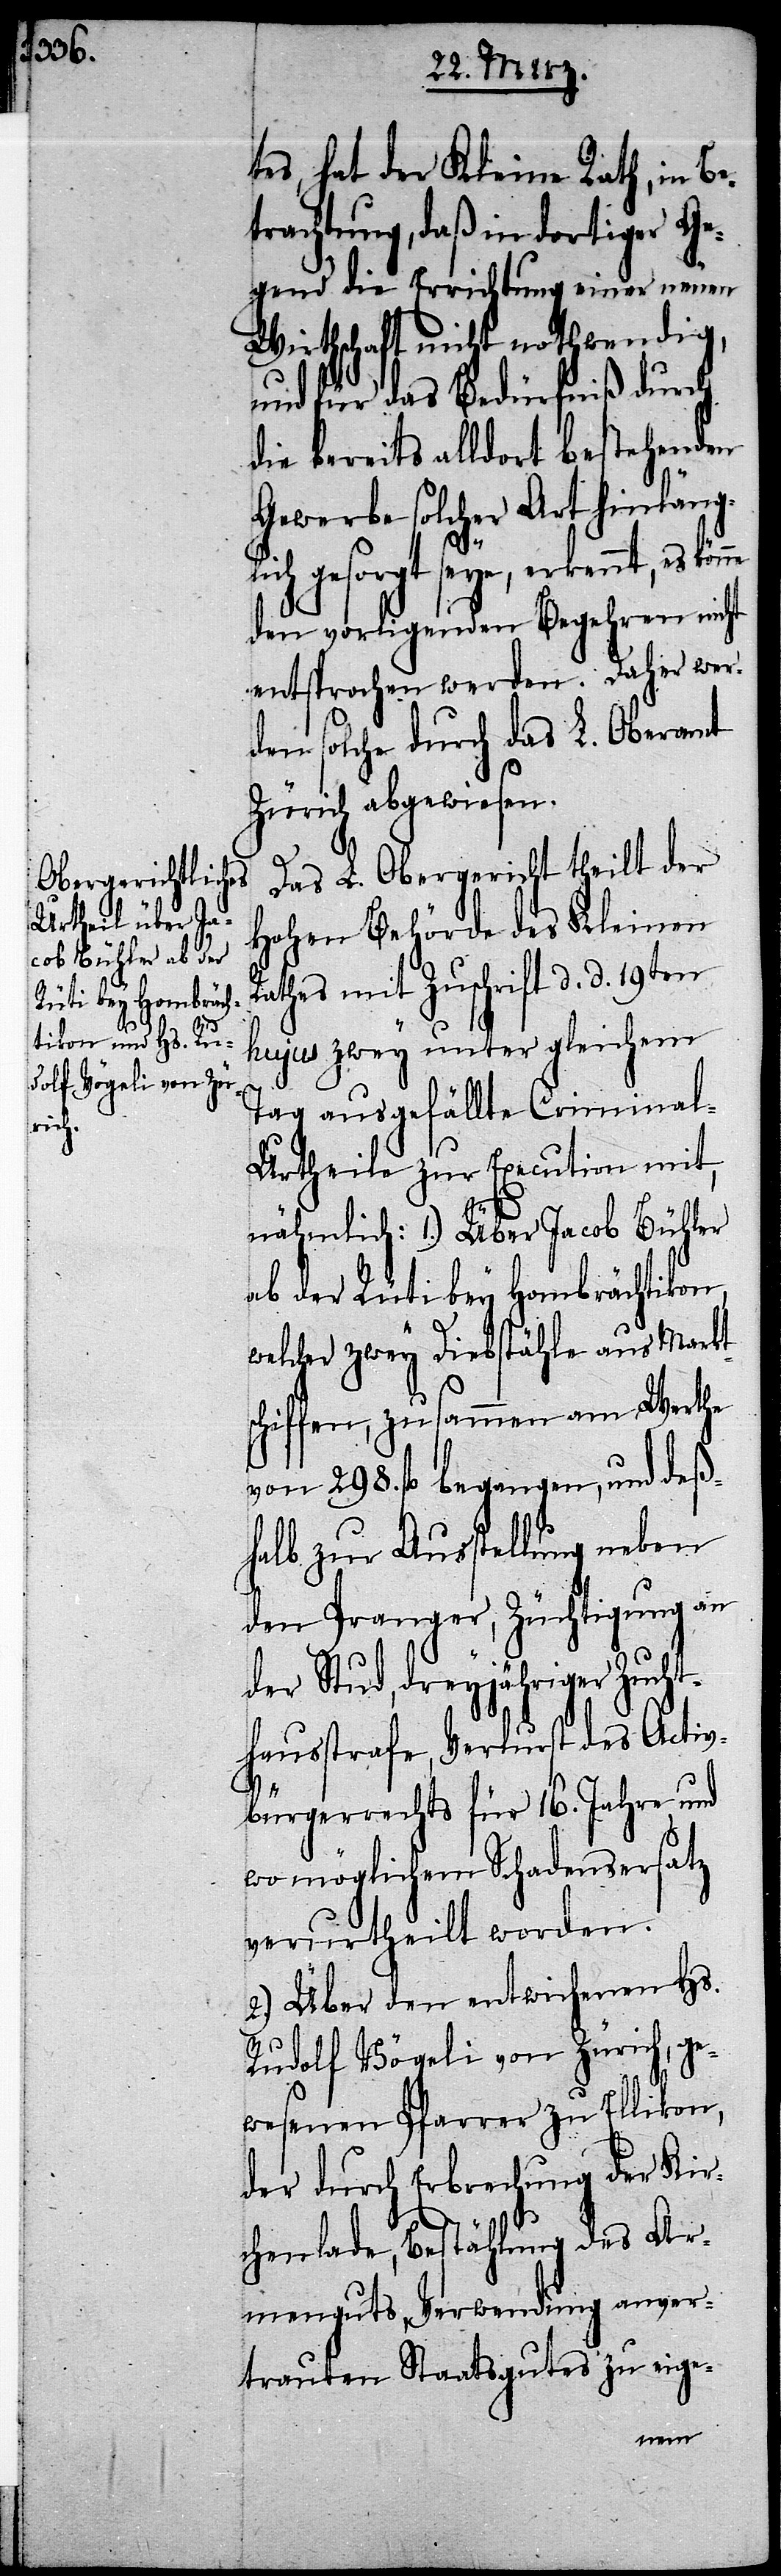
tes, hat der Kleine Rath, in Be¬
trachtung, daß in dortiger Ge¬
gend die Errichtung einer neuen
nicht nothwendig,
und für das Bedürfniß durch
die bereits alldort bestehenden
Gewerbe solcher Art hinlängl¬
ich gesorgt seye, erkennt, es
den vorligenden Begehren nicht
entsprochen werden. Daher wer¬
den solche durch das L. Oberamt
Zürich abgewiesen.
Das L. Obergericht theilt der
Hohen Behörde des Kleinen
Rathes mit Zuschrift d. d. 19ten
hujus zwey unter gleichem
Tag ausgefällte Criminal-U¬
rtheile zur Execution mit,
nähmlich: 1.) Über Jacob Bühler
ab der Rüti bey Hombrächtikon,
welcher zwey Diebstähle aus Markt¬
schiffen, zusammen am Werthe
von 298. fl. begangen, und deß¬
halb zur Ausstellung neben
den Pranger, Züchtigung an
der Stud, dreyjähriger Zucht¬
hausstrafe, Verlurst des Activ¬
bürgerrechts für 16. Jahre und
wo möglichem Schadensersatz
verurtheilt worden.
2.) Über den entwichenen Hs.
Rudolf Vögeli von Zürich, ge¬
wesenen Pfarrer zu Ellikon,
der durch Erbrechung der Kir¬
chenlade, Bestählung des Ar¬
menguts, Verwendung anver¬
trauten Staatsgutes zu eige-